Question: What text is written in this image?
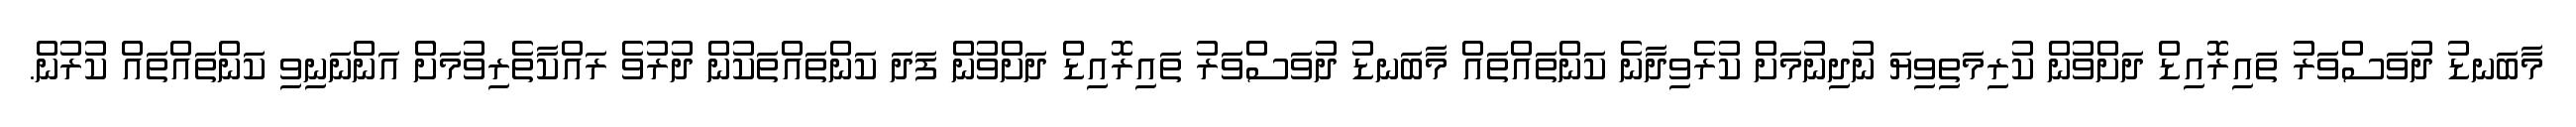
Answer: މާބަނޑު ދުވަސްވަރު ތައިރޮއިޑް ދަށްވުން ކުރިމަތިވިޔަ ނުދިނުމަށް ކުރެވިދާނެ ކަންތައްތައް މާބަނޑު ދުވަސްވަރު ތައިރޮއިޑް ދަށްވުން ފަދަ ކަންތައްތަކުން ދުރުވެ ރައްކާތެރިވުމަށް އަންނަނިވި ކަންތައްތައް ކުރުން.